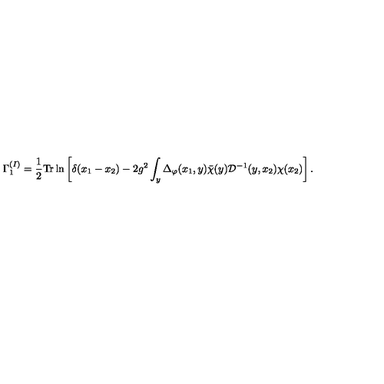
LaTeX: \Gamma _ { 1 } ^ { ( I ) } = \frac { 1 } { 2 } \mathrm { T r } \ln \left[ \delta ( x _ { 1 } - x _ { 2 } ) - 2 g ^ { 2 } \int _ { y } \Delta _ { \varphi } ( x _ { 1 } , y ) { \bar { \chi } } ( y ) { \mathcal D } ^ { - 1 } ( y , x _ { 2 } ) \chi ( x _ { 2 } ) \right] .